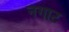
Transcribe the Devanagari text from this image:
नगाट